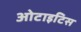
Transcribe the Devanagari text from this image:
ओटाइटिस